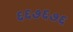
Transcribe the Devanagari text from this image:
६६७६७६